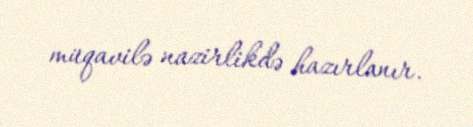
müqavilə nazirlikdə hazırlanır.